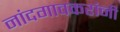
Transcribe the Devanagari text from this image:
नांदगावकरांनी